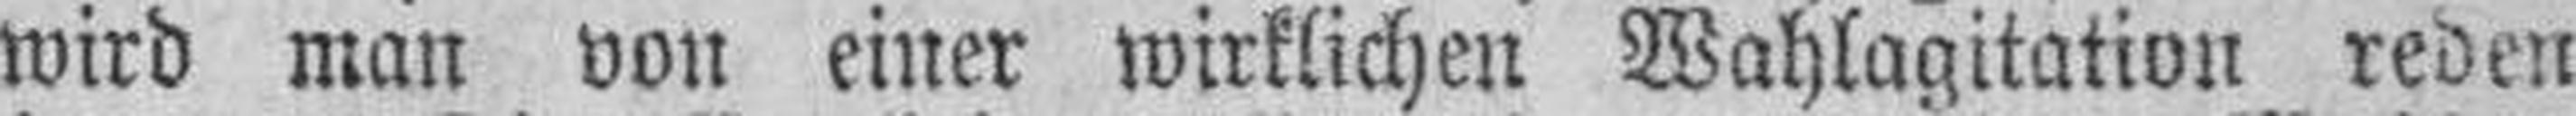
wird man von einer wirklichen Wahlagitation reden